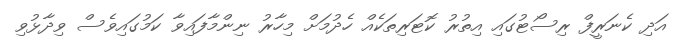
އަދި ކެނަރީފް ރިސޯޓުގައި އިތުރު ކޮޓަރިތަކެއް ހެދުމަށް މިހާރު ނިންމާފައިވާ ކަމުގައިވެސް ވިދާޅުވި